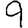
Digit: 9